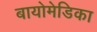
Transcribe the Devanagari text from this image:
बायोमेडिका